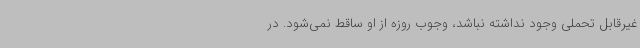
غیرقابل تحملی وجود نداشته نباشد، وجوب روزه از او ساقط نمی‌شود. در